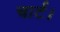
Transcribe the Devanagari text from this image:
चार्ट।